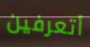
أتعرفين